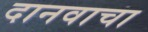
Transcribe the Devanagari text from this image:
दानवाचा